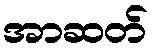
အာဆတ်